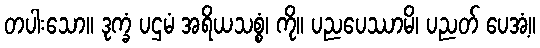
တပါးသော။ ဒုက္ခံ ပဌမံ အရိယသစ္စံ၊ ကို။ ပညပေဿာမိ၊ ပညတ် ပေအံ့။